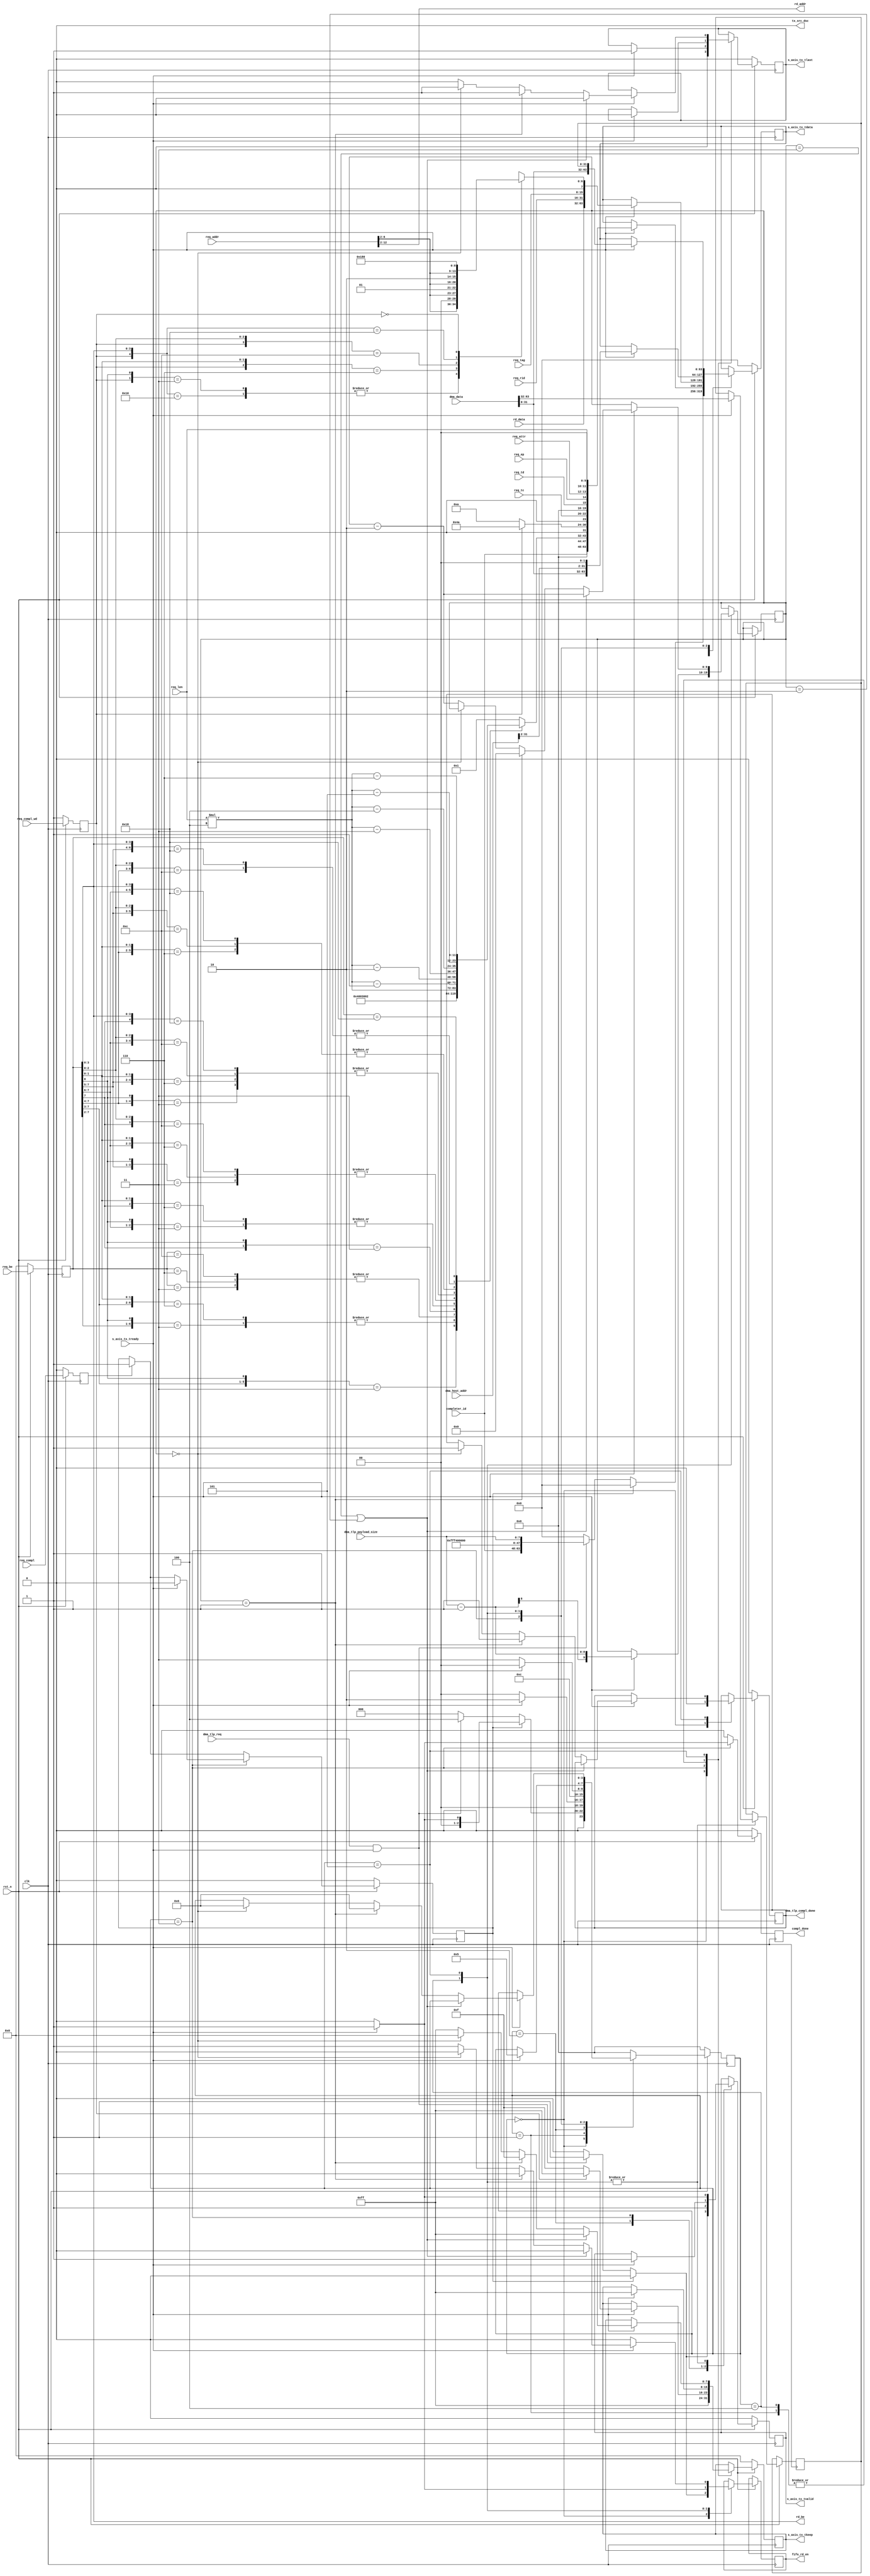
//
//-----------------------------------------------------------------------------
// Project    : Series-7 Integrated Block for PCI Express
// Version    : 3.3

`timescale 1ps/1ps

(* DowngradeIPIdentifiedWarnings = "yes" *)
module PIO_DMA_TX_ENGINE    #(
    // RX/TX interface data width
    parameter C_DATA_WIDTH = 64,
    parameter TCQ = 1,

    // TSTRB width
    parameter KEEP_WIDTH = C_DATA_WIDTH / 8
)(

    input             clk,
    input             rst_n,

    // AXIS
    input                           s_axis_tx_tready,
    output  reg [C_DATA_WIDTH-1:0]  s_axis_tx_tdata,
    output  reg [KEEP_WIDTH-1:0]    s_axis_tx_tkeep,
    output  reg                     s_axis_tx_tlast,
    output  reg                     s_axis_tx_tvalid,
    output                          tx_src_dsc,

    input                           req_compl,
    input                           req_compl_wd,
    output reg                      compl_done,

    input [2:0]                     req_tc,
    input                           req_td,
    input                           req_ep,
    input [1:0]                     req_attr,
    input [9:0]                     req_len,
    input [15:0]                    req_rid,
    input [7:0]                     req_tag,
    input [7:0]                     req_be,
    input [12:0]                    req_addr,

    output [10:0]                   rd_addr, // Present address and byte enable to memory module
    output [3:0]                    rd_be,
    input  [31:0]                   rd_data,
    input [15:0]                    completer_id,

    input [63:0]                    dma_data,
    input [31:0]					  dma_host_addr,
    // handshake with dma engine
    input							  dma_tlp_req,
    output						  fifo_rd_en,
    output						  dma_tlp_compl_done,
    input [7:0]   				  dma_tlp_payload_size // in DW, Max 128
);

    localparam PIO_CPLD_FMT_TYPE      = 7'b10_01010; // completion with data
    localparam PIO_CPL_FMT_TYPE       = 7'b00_01010; // completion without data
    localparam PIO_MWR_FMT_TYPE       = 7'b10_00000; // write with data - DMA tx

    localparam PIO_TX_RST_STATE       = 3'b000;
    localparam PIO_TX_CPLD_QW1_FIRST  = 3'b001;
    localparam PIO_TX_CPLD_QW1_TEMP   = 3'b010;
    localparam PIO_TX_CPLD_QW1        = 3'b011;

    localparam PIO_TX_MWR_QW1         = 3'b100;
    localparam PIO_TX_MWR_QW2         = 3'b101;
    localparam PIO_TX_MWR_END         = 3'b110;

    // Local registers

    reg [11:0]              byte_count;
    reg [6:0]               lower_addr;

    reg                     req_compl_q;
    reg                     req_compl_wd_q;

    reg                     compl_busy_i;

    reg [7:0]               rd_be_r;

    (* mark_debug="yes" *) reg [9:0] rd_len;
    reg [31:0]    dma_msb_data_r;

    reg fifo_rd_en_r;
    assign fifo_rd_en = fifo_rd_en_r;

    (* mark_debug="yes" *) reg dma_tlp_compl_done_r;
    assign dma_tlp_compl_done = dma_tlp_compl_done_r;

    // Local wires

    wire                    compl_wd;
    // DMA
    wire [2:0]    req_tc_wr    = 3'b0;
    wire          req_td_wr    = 1'b0;
    wire          req_ep_wr    = 1'b0;
    wire [1:0]    req_attr_wr  = 2'b00;
    wire [9:0]    req_len_wr   = {2'b0, dma_tlp_payload_size}; //data payload max in DW: 32DW (6 bits)
    wire [7:0]    req_tag_wr   = 8'b00001111;
    wire [3:0]	  last_DW_wr   = 4'b1111;
    wire [3:0]	  first_DW_wr  = 4'b1111;

    // Unused discontinue
    assign tx_src_dsc = 1'b0;

    // Present address and byte enable to memory module

    assign rd_addr = req_addr[12:2];

    always @(posedge clk) begin
        if (!rst_n)
        begin
            rd_be_r <= #TCQ 0;
        end else begin
            rd_be_r <= #TCQ req_be;
        end
    end

    assign rd_be = rd_be_r[3:0];

    // Calculate byte count based on byte enable
    //   PCI express base specification rev 1.1 (page 91)
    // according to last bit and first bit
    always @ (rd_be_r, req_len) begin
        casex (rd_be_r)
            8'b00001xx1 : byte_count = 12'h004;
            8'b000001x1 : byte_count = 12'h003;
            8'b00001x10 : byte_count = 12'h003;
            8'b00000011 : byte_count = 12'h002;
            8'b00000110 : byte_count = 12'h002;
            8'b00001100 : byte_count = 12'h002;
            8'b00000001 : byte_count = 12'h001;
            8'b00000010 : byte_count = 12'h001;
            8'b00000100 : byte_count = 12'h001;
            8'b00001000 : byte_count = 12'h001;
            8'b00000000 : byte_count = 12'h001;
            8'b1xxxxxx1 : byte_count = req_len*3'b100;
            8'b01xxxxx1 : byte_count = req_len*3'b100 - 3'b001;
            8'b001xxxx1 : byte_count = req_len*3'b100 - 3'b010;
            8'b0001xxx1 : byte_count = req_len*3'b100 - 3'b011;
            8'b1xxxxx10 : byte_count = req_len*3'b100 - 3'b001;
            8'b01xxxx10 : byte_count = req_len*3'b100 - 3'b010;
            8'b001xxx10 : byte_count = req_len*3'b100 - 3'b011;
            8'b0001xx10 : byte_count = req_len*3'b100 - 3'b100;
            8'b1xxxx100 : byte_count = req_len*3'b100 - 3'b010;
            8'b01xxx100 : byte_count = req_len*3'b100 - 3'b011;
            8'b001xx100 : byte_count = req_len*3'b100 - 3'b100;
            8'b0001x100 : byte_count = req_len*3'b100 - 3'b101;
            8'b1xxx1000 : byte_count = req_len*3'b100 - 3'b011;
            8'b01xx1000 : byte_count = req_len*3'b100 - 3'b100;
            8'b001x1000 : byte_count = req_len*3'b100 - 3'b101;
            8'b00011000 : byte_count = req_len*3'b100 - 3'b110;
            default: byte_count = 12'h001;
        endcase
    end

    always @ ( posedge clk ) begin
        if (!rst_n )
        begin
            req_compl_q      <= #TCQ 1'b0;
            req_compl_wd_q   <= #TCQ 1'b1;
        end // if !rst_n
        else
        begin
            req_compl_q      <= #TCQ req_compl;
            req_compl_wd_q   <= #TCQ req_compl_wd;
        end // if rst_n
    end

    //Calculate lower address based on byte enable:
    always @ (rd_be_r or req_addr or compl_wd) begin
        casex ({compl_wd, rd_be_r[3:0]})
            5'b1_0000 : lower_addr = {req_addr[6:2], 2'b00};
            5'b1_xxx1 : lower_addr = {req_addr[6:2], 2'b00};
            5'b1_xx10 : lower_addr = {req_addr[6:2], 2'b01};
            5'b1_x100 : lower_addr = {req_addr[6:2], 2'b10};
            5'b1_1000 : lower_addr = {req_addr[6:2], 2'b11};
            5'b0_xxxx : lower_addr = 8'h0;
        endcase // casex ({compl_wd, rd_be_r[3:0]})
    end

    //  Generate Completion with 1 DW Payload / DMA packets

    generate
        if (C_DATA_WIDTH == 64) begin : gen_cpl_64
            reg         [3:0]            state;

            assign compl_wd = req_compl_wd_q;

            always @ ( posedge clk ) begin

                if (!rst_n )
                begin
                    s_axis_tx_tlast   <= #TCQ 1'b0;
                    s_axis_tx_tvalid  <= #TCQ 1'b0;
                    s_axis_tx_tdata   <= #TCQ {C_DATA_WIDTH{1'b0}};
                    s_axis_tx_tkeep   <= #TCQ {KEEP_WIDTH{1'b0}};

                    compl_done        <= #TCQ 1'b0;
                    compl_busy_i      <= #TCQ 1'b0;
                    state             <= #TCQ PIO_TX_RST_STATE;
                    dma_tlp_compl_done_r <= #TCQ 1'b0;
                end // if (!rst_n )
                else
                begin
                    compl_done           <= #TCQ 1'b0;
                    // -- Generate compl_busy signal...
                    if (req_compl_q )
                        compl_busy_i <= 1'b1;
                    case ( state )
                        PIO_TX_RST_STATE : begin
                            fifo_rd_en_r         <= #TCQ 1'b0;
                            dma_tlp_compl_done_r <= #TCQ 1'b0;

                            if (compl_busy_i)
                            begin

                                s_axis_tx_tdata   <= #TCQ {C_DATA_WIDTH{1'b0}};
                                s_axis_tx_tkeep   <= #TCQ 8'hFF;
                                s_axis_tx_tlast   <= #TCQ 1'b0;
                                s_axis_tx_tvalid  <= #TCQ 1'b0;
                                if (s_axis_tx_tready)
                                    state             <= #TCQ PIO_TX_CPLD_QW1_FIRST;
                                else
                                    state             <= #TCQ PIO_TX_RST_STATE;
                            end
                            else if (dma_tlp_req && s_axis_tx_tready) begin
                                s_axis_tx_tlast  <= #TCQ 1'b0;
                                s_axis_tx_tvalid <= #TCQ 1'b1;
                                fifo_rd_en_r     <= #TCQ 1'b1;  // Prefetch first FIFO (fwft?) word
                                s_axis_tx_tdata  <= #TCQ {
                                    completer_id,
                                    req_tag_wr,
                                    last_DW_wr,
                                    first_DW_wr,
                                    {1'b0},
                                    PIO_MWR_FMT_TYPE,
                                    {1'b0},
                                    req_tc_wr,
                                    {4'b0},
                                    req_td_wr,
                                    req_ep_wr,
                                    req_attr_wr,
                                    {2'b0},
                                    req_len_wr
                                };
                                s_axis_tx_tkeep   <= #TCQ 8'hFF;

                                    //if (s_axis_tx_tready)
                                state        <= #TCQ PIO_TX_MWR_QW1;
                                    //else
                                    //	state           <= #TCQ PIO_TX_RST_STATE; // Wait in this state if the PCIe core does not accept the first beat of the packet

                            end // if(dma_tlp_req && s_axis_tx_tready)
                            else
                                begin
                                    s_axis_tx_tlast   <= #TCQ 1'b0;
                                    s_axis_tx_tvalid  <= #TCQ 1'b0;
                                    s_axis_tx_tdata   <= #TCQ 64'b0;
                                    s_axis_tx_tkeep   <= #TCQ 8'hFF;
                                    compl_done        <= #TCQ 1'b0;
                                    state             <= #TCQ PIO_TX_RST_STATE;
                                end // if !(compl_busy)
                        end // PIO_TX_RST_STATE

                        PIO_TX_CPLD_QW1_FIRST : begin
                            if (s_axis_tx_tready) begin

                                s_axis_tx_tlast  <= #TCQ 1'b0;
                                s_axis_tx_tdata  <= #TCQ {                      // Bits
                                    completer_id,             // 16
                                    {3'b0},                   // 3
                                    {1'b0},                   // 1
                                    byte_count,               // 12
                                    {1'b0},                   // 1
                                    (req_compl_wd_q ?
                                        PIO_CPLD_FMT_TYPE :
                                        PIO_CPL_FMT_TYPE),        // 7
                                    {1'b0},                   // 1
                                    req_tc,                   // 3
                                    {4'b0},                   // 4
                                    req_td,                   // 1
                                    req_ep,                   // 1
                                    req_attr,                 // 2
                                    {2'b0},                   // 2
                                    req_len                   // 10
                                };
                                s_axis_tx_tkeep   <= #TCQ 8'hFF;

                                state             <= #TCQ PIO_TX_CPLD_QW1_TEMP;
                            end
                            else
                                // Wait in this state if the PCIe core does not accept the first beat of the packet
                                state             <= #TCQ PIO_TX_RST_STATE;

                        end //PIO_TX_CPLD_QW1_FIRST


                        PIO_TX_CPLD_QW1_TEMP : begin
                            s_axis_tx_tvalid    <= #TCQ 1'b1;
                            state               <= #TCQ PIO_TX_CPLD_QW1;
                        end


                        PIO_TX_CPLD_QW1 : begin

                            if (s_axis_tx_tready)
                            begin

                                s_axis_tx_tlast  <= #TCQ 1'b1;
                                s_axis_tx_tvalid <= #TCQ 1'b1;
                                s_axis_tx_tdata  <= #TCQ {        // Bits
                                    rd_data,    // 32
                                    req_rid,    // 16
                                    req_tag,    //  8
                                    {1'b0},     //  1
                                    lower_addr  //  7
                                };

                                // Here we select if the packet has data or
                                // not.  The strobe signal will mask data
                                // when it is not needed.  No reason to change
                                // the data bus.
                                if (req_compl_wd_q)
                                    s_axis_tx_tkeep <= #TCQ 8'hFF;
                                else
                                    s_axis_tx_tkeep <= #TCQ 8'h0F;


                                compl_done        <= #TCQ 1'b1;
                                compl_busy_i      <= #TCQ 1'b0;
                                state             <= #TCQ PIO_TX_RST_STATE;

                            end // if (s_axis_tx_tready)
                            else
                                state             <= #TCQ PIO_TX_CPLD_QW1;

                        end // PIO_TX_CPLD_QW1
                        PIO_TX_MWR_QW1: begin

                            if (s_axis_tx_tready) begin
                                s_axis_tx_tlast  <= #TCQ 1'b0;
                                s_axis_tx_tvalid <= #TCQ 1'b1;
                                fifo_rd_en_r     <= #TCQ 1'b1;
                                s_axis_tx_tdata  <= #TCQ {
                                    dma_data[31:0],
                                    dma_host_addr[31:2],
                                    {2'b0}
                                };
                                s_axis_tx_tkeep  <= #TCQ 8'hFF;
                                dma_msb_data_r   <= dma_data[63:32];
                                rd_len	         <= req_len_wr - 1'b1;
                                state            <= #TCQ PIO_TX_MWR_QW2;
                            end
                            else begin
                                s_axis_tx_tvalid <= #TCQ 1'b0;
                                fifo_rd_en_r     <= #TCQ 1'b0;
                            end
                        end // PIO_TX_MWR_QW1

                        PIO_TX_MWR_QW2: begin

                            if (s_axis_tx_tready) begin
                                s_axis_tx_tvalid <= #TCQ 1'b1;
                                s_axis_tx_tdata  <= #TCQ {
                                    dma_data[31:0],
                                    dma_msb_data_r
                                };
                                dma_msb_data_r   <= dma_data[63:32];

                                if ((rd_len == 10'h03) || (rd_len == 10'h02)) begin // last fifo data
                                    s_axis_tx_tlast  <= #TCQ 1'b0;
                                    fifo_rd_en_r     <= #TCQ 1'b0;
                                    s_axis_tx_tkeep  <= #TCQ 8'hFF;
                                    rd_len	         <= #TCQ (rd_len - 2'b10);
                                end
                                else if (rd_len == 10'h01) begin
                                    fifo_rd_en_r     <= #TCQ 1'b0;
                                    s_axis_tx_tlast  <= #TCQ 1'b1;
                                    s_axis_tx_tkeep  <= #TCQ 8'h0F;
                                    rd_len	         <= #TCQ 10'b0;
                                    //compl_done       <= #TCQ 1'b1;  //TODO Needed here?
                                    dma_tlp_compl_done_r <= #TCQ 1'b1;
                                    state            <= #TCQ PIO_TX_MWR_END;
                                end
                                else if (rd_len == 10'b0) begin
                                    fifo_rd_en_r     <= #TCQ 1'b0;
                                    s_axis_tx_tlast  <= #TCQ 1'b1;
                                    s_axis_tx_tkeep  <= #TCQ 8'h00;
                                    //compl_done       <= #TCQ 1'b1;
                                    dma_tlp_compl_done_r <= #TCQ 1'b1;
                                    state            <= #TCQ PIO_TX_MWR_END;
                                end
                                else begin
                                    s_axis_tx_tlast  <= #TCQ 1'b0;
                                    s_axis_tx_tkeep  <= #TCQ 8'hFF;
                                    fifo_rd_en_r     <= #TCQ 1'b1;
                                    rd_len	         <= #TCQ (rd_len - 2'b10);
                                end
                            end
                            else begin
                                s_axis_tx_tvalid <= #TCQ 1'b0;
                                fifo_rd_en_r     <= #TCQ 1'b0;
                            end
                        end // PIO_TX_MWR_QW2

                        PIO_TX_MWR_END: begin
                                    state        <= #TCQ PIO_TX_RST_STATE;
                        end // PIO_TX_MWR_END

                        default : begin
                            // case default st_mc
                            state             <= #TCQ PIO_TX_RST_STATE;
                        end

                    endcase
                end // if rst_n
            end
        end
        else if (C_DATA_WIDTH == 128) begin : gen_cpl_128 // NOT IMPLEMENTED !!!
            reg                     hold_state;
            reg                     req_compl_q2;
            reg                     req_compl_wd_q2;

            assign compl_wd = req_compl_wd_q2;

            always @ ( posedge clk ) begin
                if (!rst_n )
                begin
                    req_compl_q2      <= #TCQ 1'b0;
                    req_compl_wd_q2   <= #TCQ 1'b0;
                end // if (!rst_n )
                else
                begin
                    req_compl_q2      <= #TCQ req_compl_q;
                    req_compl_wd_q2   <= #TCQ req_compl_wd_q;
                end // if (rst_n )
            end

            always @ ( posedge clk ) begin
                if (!rst_n )
                begin
                    s_axis_tx_tlast   <= #TCQ 1'b0;
                    s_axis_tx_tvalid  <= #TCQ 1'b0;
                    s_axis_tx_tdata   <= #TCQ {C_DATA_WIDTH{1'b0}};
                    s_axis_tx_tkeep   <= #TCQ {KEEP_WIDTH{1'b0}};
                    compl_done        <= #TCQ 1'b0;
                    hold_state        <= #TCQ 1'b0;
                end // if !rst_n
                else
                begin

                    if (req_compl_q2 | hold_state)
                    begin
                        if (s_axis_tx_tready)
                        begin

                            s_axis_tx_tlast   <= #TCQ 1'b1;
                            s_axis_tx_tvalid  <= #TCQ 1'b1;
                            s_axis_tx_tdata   <= #TCQ {                   // Bits
                                rd_data,                  // 32
                                req_rid,                  // 16
                                req_tag,                  //  8
                                {1'b0},                   //  1
                                lower_addr,               //  7
                                completer_id,             // 16
                                {3'b0},                   //  3
                                {1'b0},                   //  1
                                byte_count,               // 12
                                {1'b0},                   //  1
                                (req_compl_wd_q2 ?
                                    PIO_CPLD_FMT_TYPE :
                                    PIO_CPL_FMT_TYPE),        //  7
                                {1'b0},                   //  1
                                req_tc,                   //  3
                                {4'b0},                   //  4
                                req_td,                   //  1
                                req_ep,                   //  1
                                req_attr,                 //  2
                                {2'b0},                   //  2
                                req_len                   // 10
                            };

                            // Here we select if the packet has data or
                            // not.  The strobe signal will mask data
                            // when it is not needed.  No reason to change
                            // the data bus.
                            if (req_compl_wd_q2)
                                s_axis_tx_tkeep   <= #TCQ 16'hFFFF;
                            else
                                s_axis_tx_tkeep   <= #TCQ 16'h0FFF;

                            compl_done        <= #TCQ 1'b1;
                            hold_state        <= #TCQ 1'b0;

                        end // if (s_axis_tx_tready)
                        else
                            hold_state        <= #TCQ 1'b1;

                    end // if (req_compl_q2 | hold_state)
                    else
                    begin

                        s_axis_tx_tlast   <= #TCQ 1'b0;
                        s_axis_tx_tvalid  <= #TCQ 1'b0;
                        s_axis_tx_tdata   <= #TCQ {C_DATA_WIDTH{1'b0}};
                        s_axis_tx_tkeep   <= #TCQ {KEEP_WIDTH{1'b1}};
                        compl_done        <= #TCQ 1'b0;

                    end // if !(req_compl_q2 | hold_state)
                end // if rst_n
            end
        end
    endgenerate

endmodule // PIO_DMA_TX_ENGINE